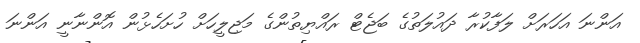
އަންނަ އަހަރަށް ލަފާކުރާ ދައުލަތުގެ ބަޖެޓް ރައްޔިތުންގެ މަޖިލީހަށް ހުށަހެޅުން އޮންނާނީ އަންނަ